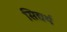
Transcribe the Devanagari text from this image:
सिद्यर्थ